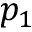
p _ { 1 }